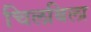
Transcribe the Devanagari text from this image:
चिलबिला